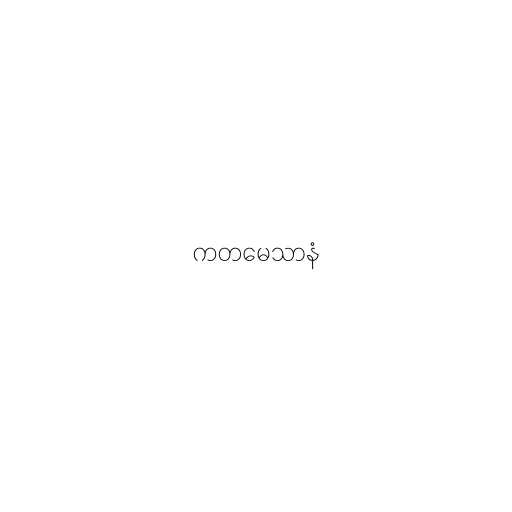
ကတမေသာနံ